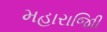
મહારાજાિી